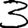
Digit: 3